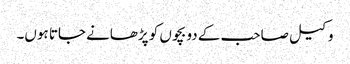
وکیل صاحب کے دو بچوں کو پڑھانے جاتا ہوں۔